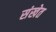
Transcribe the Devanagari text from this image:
संखेत